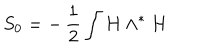
S _ { 0 } = - \, \frac { 1 } { 2 } \int H \wedge ^ { \ast } H